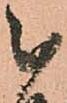
被